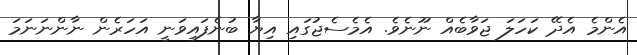
އެންމެ އެދޭ ކަހަލަ ޖަވާބެއް ނޫނެވެ. އެމެސެޖުގައި އިޔާ ބުނެފައިވަނީ އަހަރެން ނާންނަނަމަ